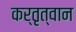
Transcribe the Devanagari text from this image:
कर्तृत्वान